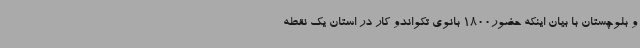
و بلوچستان با بیان اینکه حضور1800 بانوی تکواندو کار در استان یک نقطه